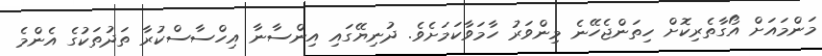
މަންމައަށް އޯގާތެރިކޮށް ހިތަންޖެހޭނެ މިންވަރު ހާމަވާކަމަށެވެ. ދުނިޔޭގައި އިންސާނާ އިހްސާސްކުރާ ތަދުތަކުގެ އެންމެ